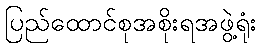
ပြည်ထောင်စုအစိုးရအဖွဲ့ရုံး